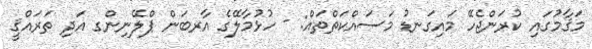
މަޤާމުގައި ކުރަންޖެހޭ މައިގަނޑު މަސައްކަތްތައް: - ހުޅުމާލޭގެ އާރބަން ޕްލޭނިންގ އަދި ތަރައްޤީ